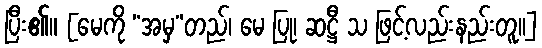
ပြီး၏။ [မေကို “အမှ”တည်၊ မေ ပြု၊ ဆဋ္ဌီ သ ဖြင့်လည်းနည်းတူ၊၊]